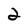
Character: 2